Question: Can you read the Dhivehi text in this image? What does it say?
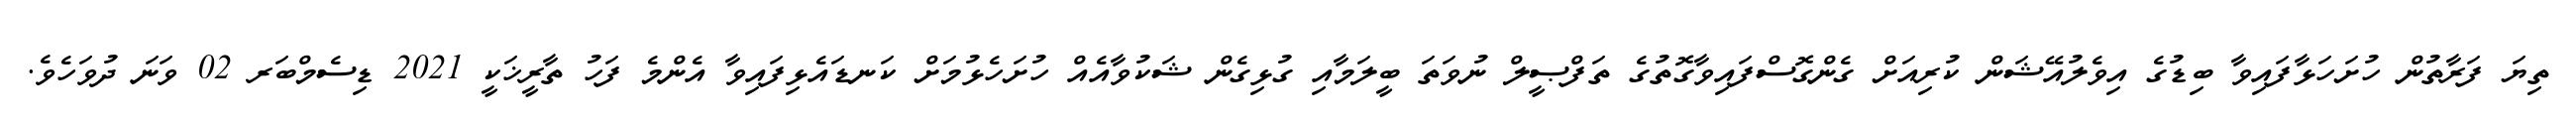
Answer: ތިޔަ ފަރާތުން ހުށަހަޅާފައިވާ ބިޑުގެ އިވެލުއޭޝަން ކުރިއަށް ގެންގޮސްފައިވާގޮތުގެ ތަފްޞީލް ނުވަތަ ބީލަމާއި ގުޅިގެން ޝަކުވާއެއް ހުށަހެޅުމަށް ކަނޑައެޅިފައިވާ އެންމެ ފަހު ތާރީޚަކީ 2021 ޑިސެމްބަރ 02 ވަނަ ދުވަހެވެ.